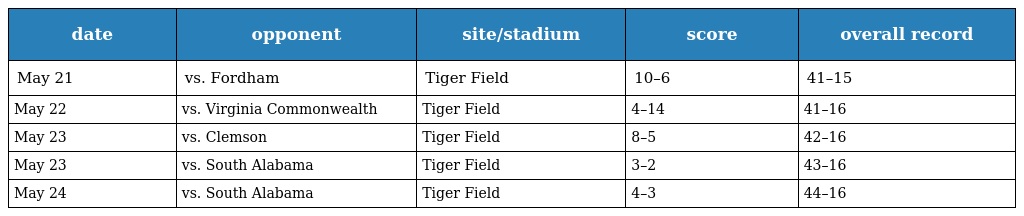
| date | opponent | site/stadium | score | overall record |
 | --- | --- | --- | --- | --- |
 | May 21 | vs. Fordham | Tiger Field | 10–6 | 41–15 |
 | May 22 | vs. Virginia Commonwealth | Tiger Field | 4–14 | 41–16 |
 | May 23 | vs. Clemson | Tiger Field | 8–5 | 42–16 |
 | May 23 | vs. South Alabama | Tiger Field | 3–2 | 43–16 |
 | May 24 | vs. South Alabama | Tiger Field | 4–3 | 44–16 |